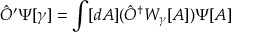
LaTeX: { \hat { O } } ^ { \prime } \Psi [ \gamma ] = \int [ d A ] ( { \hat { O } } ^ { \dagger } W _ { \gamma } [ A ] ) \Psi [ A ]